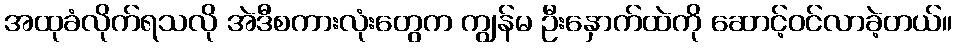
အထုခံလိုက်ရသလို အဲဒီစကားလုံးတွေက ကျွန်မ ဦးနှောက်ထဲကို ဆောင့်ဝင်လာခဲ့တယ်။